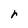
Character: r